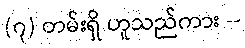
(၇) တမ်းရှိ ဟူသည်ကား --